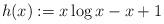
LaTeX: \begin{align*}h(x) := x \log x - x + 1\end{align*}